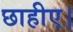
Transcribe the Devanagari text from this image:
छाहीए।